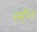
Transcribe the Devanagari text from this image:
रस़ीन